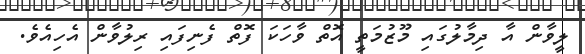
ލީވާން އާ ދިމާލުގައި މޫޒުމަތީ އޮތް ވާހަކަ ފޮތް ފެނިފައި ރިލުވާން އެހިއެވެ.